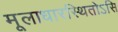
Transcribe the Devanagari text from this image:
मूलाधारस्थितोऽसि